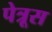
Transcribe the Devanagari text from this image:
पेत्रूस